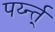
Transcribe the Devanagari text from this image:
पर्य्न्त्